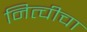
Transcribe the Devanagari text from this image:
नित्चीचा